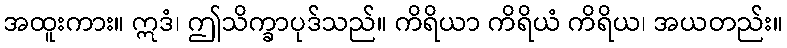
အထူးကား။ ဣဒံ၊ ဤသိက္ခာပုဒ်သည်။ ကိရိယာ ကိရိယံ ကိရိယ၊ အယတည်း။